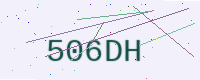
Text: 506DH